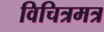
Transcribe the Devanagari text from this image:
विचित्रमत्र